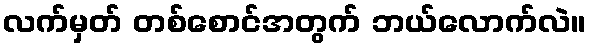
လက်မှတ် တစ်စောင်အတွက် ဘယ်လောက်လဲ။